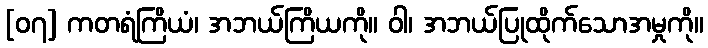
[၀၇] ကတရံကြိယံ၊ အဘယ်ကြိယကို။ ဝါ၊ အဘယ်ပြုထိုက်သောအမှုကို။